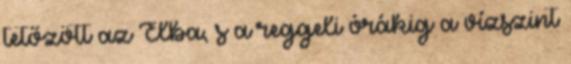
tetőzött az Elba, s a reggeli órákig a vízszint